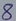
Text: 8